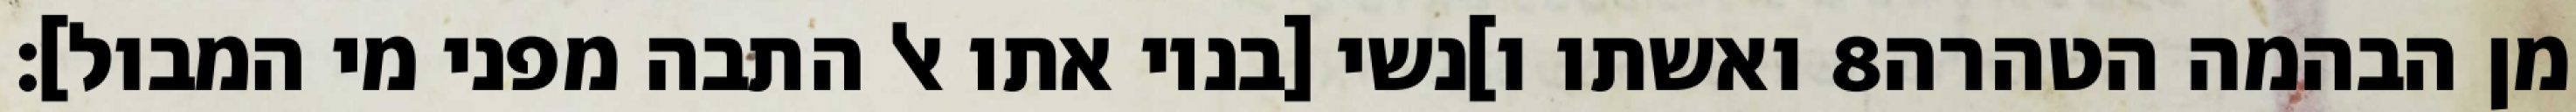
ואשתו ו]נשי [בניו אתו אל התבה מפני מי המבול]׃ ‎8‏ מן הבהמה הטהרה